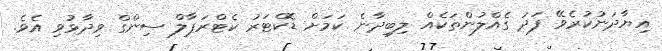
އިޔާދަނުކުރެވޭ ފަދަ ގެއްލުންތަކެއް ލިބިދާނެ ކަމަށް ޑޮކްޓަރު ކެޓްރަޕާލް ސިންގް ވިދާޅުވި އެވެ.